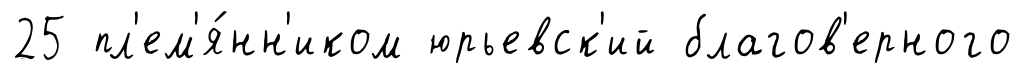
25 пл'ем'я́нн'иком юрьевск'ий благов'ерного